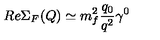
R e \Sigma _ { F } ( Q ) \simeq m _ { f } ^ { 2 } \frac { q _ { 0 } } { q ^ { 2 } } \gamma ^ { 0 }